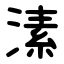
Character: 溸